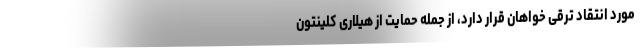
مورد انتقاد ترقی خواهان قرار دارد، از جمله حمایت از هیلاری کلینتون